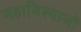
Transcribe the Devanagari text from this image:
महाविस्यालों